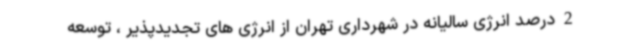
2 درصد انرژی سالیانه در شهرداری تهران از انرژی های تجدیدپذیر ، توسعه